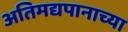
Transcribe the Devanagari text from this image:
अतिमद्यपानाच्या